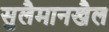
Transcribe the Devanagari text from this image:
सुलैमानखैल